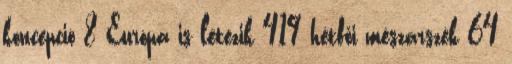
koncepció 8 Európa is létezik 419 hétfői mészárszék 64